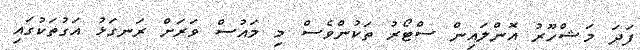
ފަދަ މަޝްހޫރު އޮންލައިން ސްޓޯރު ތަކުންވެސް މި މައުސް ވަރަށް ރަނގަޅު އަގުތަކުގައި